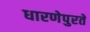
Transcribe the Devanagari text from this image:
धारणेपुरते